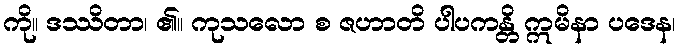
ကို။ ဒဿိတာ၊ ၏။ ကုသလော စ ဇဟာတိ ပါပကန္တိ ဣမိနာ ပဒေန၊